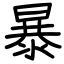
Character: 暴